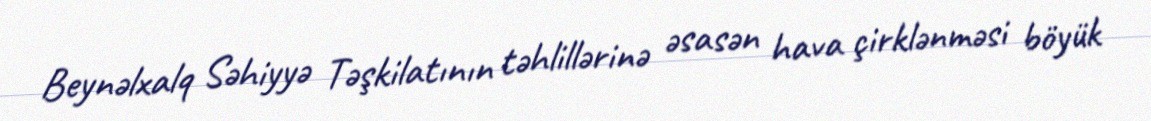
Beynəlxalq Səhiyyə Təşkilatının təhlillərinə əsasən hava çirklənməsi böyük